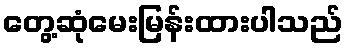
တွေ့ဆုံမေးမြန်းထားပါသည်